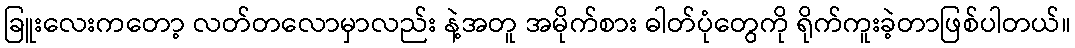
ခြူးလေးကတော့ လတ်တလောမှာလည်း နဲ့အတူ အမိုက်စား ဓါတ်ပုံတွေကို ရိုက်ကူးခဲ့တာဖြစ်ပါတယ်။